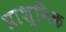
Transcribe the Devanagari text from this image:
प्राश्निक